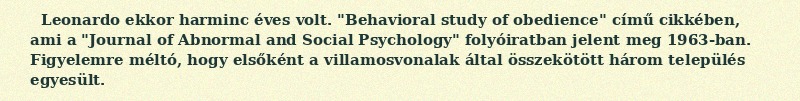
Leonardo ekkor harminc éves volt. "Behavioral study of obedience" című cikkében, ami a "Journal of Abnormal and Social Psychology" folyóiratban jelent meg 1963-ban. Figyelemre méltó, hogy elsőként a villamosvonalak által összekötött három település egyesült.